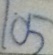
1 0 5